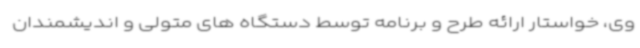
وی، خواستار ارائه طرح و برنامه توسط دستگاه های متولی و اندیشمندان